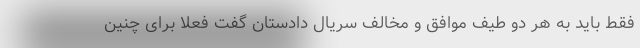
فقط باید به هر دو طیف موافق و مخالف سریال دادستان گفت فعلا برای چنین